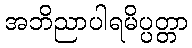
အဘိညာပါရမိပ္ပတ္တာ